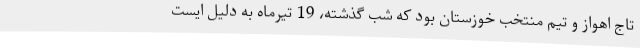
تاج اهواز و تیم منتخب خوزستان بود که شب گذشته، 19 تیرماه به دلیل ایست